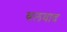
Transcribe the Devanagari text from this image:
बलवाद